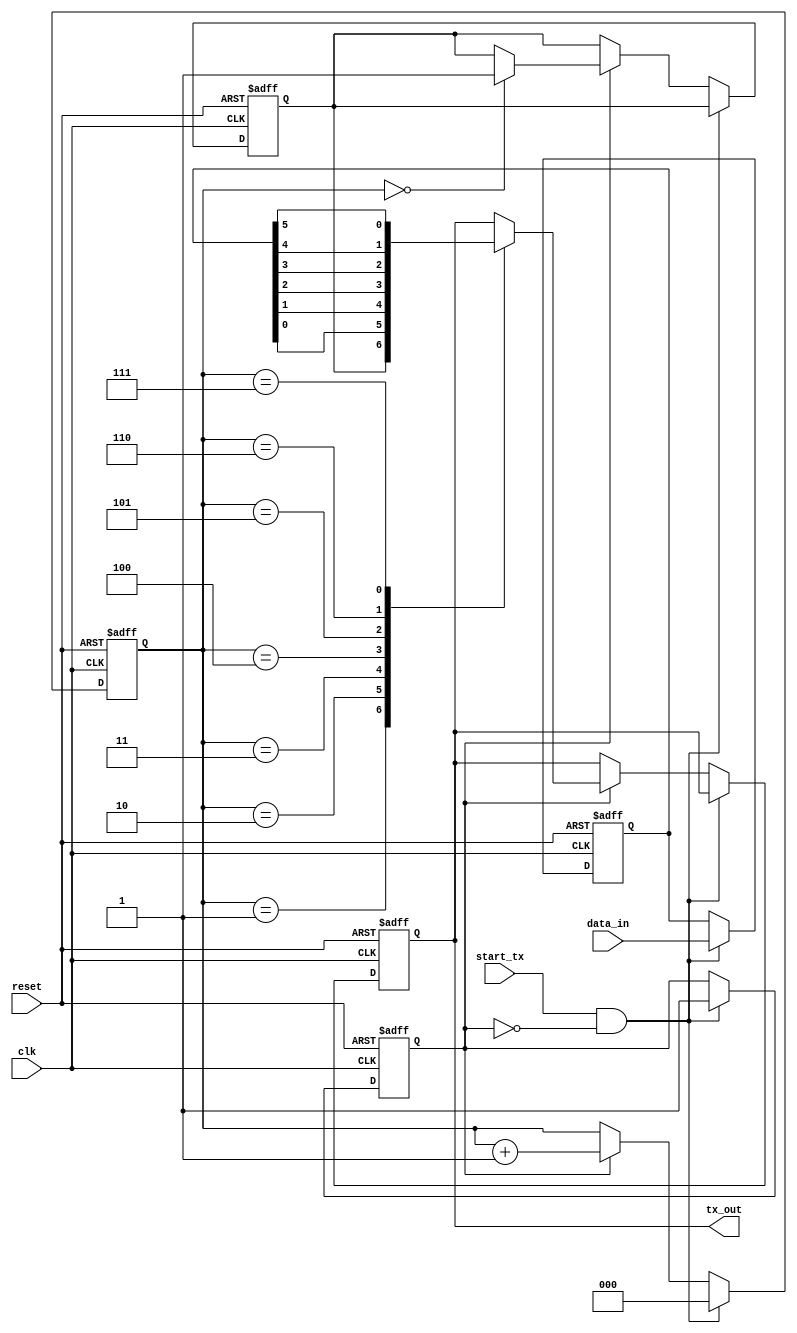
module UART_transmitter (
    input wire clk,
    input wire reset,
    input wire [7:0] data_in,
    input wire start_tx,
    output reg tx_out
);

reg [7:0] data_buffer;
reg tx_busy;
reg start_bit;
reg [1:0] stop_bit;
reg [2:0] baud_counter;
parameter BAUD_RATE = 9600; //default baud rate

always @(posedge clk or posedge reset) begin
    if (reset) begin
        data_buffer <= 8'b0;
        baud_counter <= 3'b0;
        tx_busy <= 1'b0;
        start_bit <= 1'b0;
        stop_bit <= 2'b00;
        tx_out <= 1'b0;
    end else begin
        if (start_tx && !tx_busy) begin
            tx_busy <= 1'b1;
            data_buffer <= data_in;
            baud_counter <= 3'b0;
        end
        else if (tx_busy) begin
            case (baud_counter)
                3'd0: start_bit <= 1'b1;
                3'd1: tx_out <= start_bit;
                3'd2: tx_out <= data_buffer[0];
                3'd3: tx_out <= data_buffer[1];
                3'd4: tx_out <= data_buffer[2];
                3'd5: tx_out <= data_buffer[3];
                3'd6: tx_out <= data_buffer[4];
                3'd7: tx_out <= data_buffer[5];
                3'd8: tx_out <= data_buffer[6];
                3'd9: tx_out <= data_buffer[7];
                3'd10: stop_bit <= 2'b01;
                3'd11: stop_bit <= 2'b10;
                default: tx_busy <= 1'b0;
            endcase
            if (baud_counter == 11) begin
                baud_counter <= 3'b0;
                tx_busy <= 1'b0;
            end else begin
                baud_counter <= baud_counter + 1;
            end
        end
    end
end

endmodule